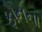
ફોનના